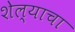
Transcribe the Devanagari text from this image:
शेल्याचा